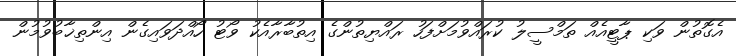
އެގޮތުން ވަކި ޕާޓީއެއް ތަމްސީލު ކުރައްވުމަށްފަހު ރައްޔިތުންގެ އިތުބާރާއެކު ވޯޓު ހޯއްދަވައިގެން އިންތިޚާބުވުމުން